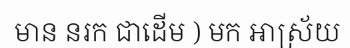
មាន នរក ជាដើម ) មក អាស្រ័យ